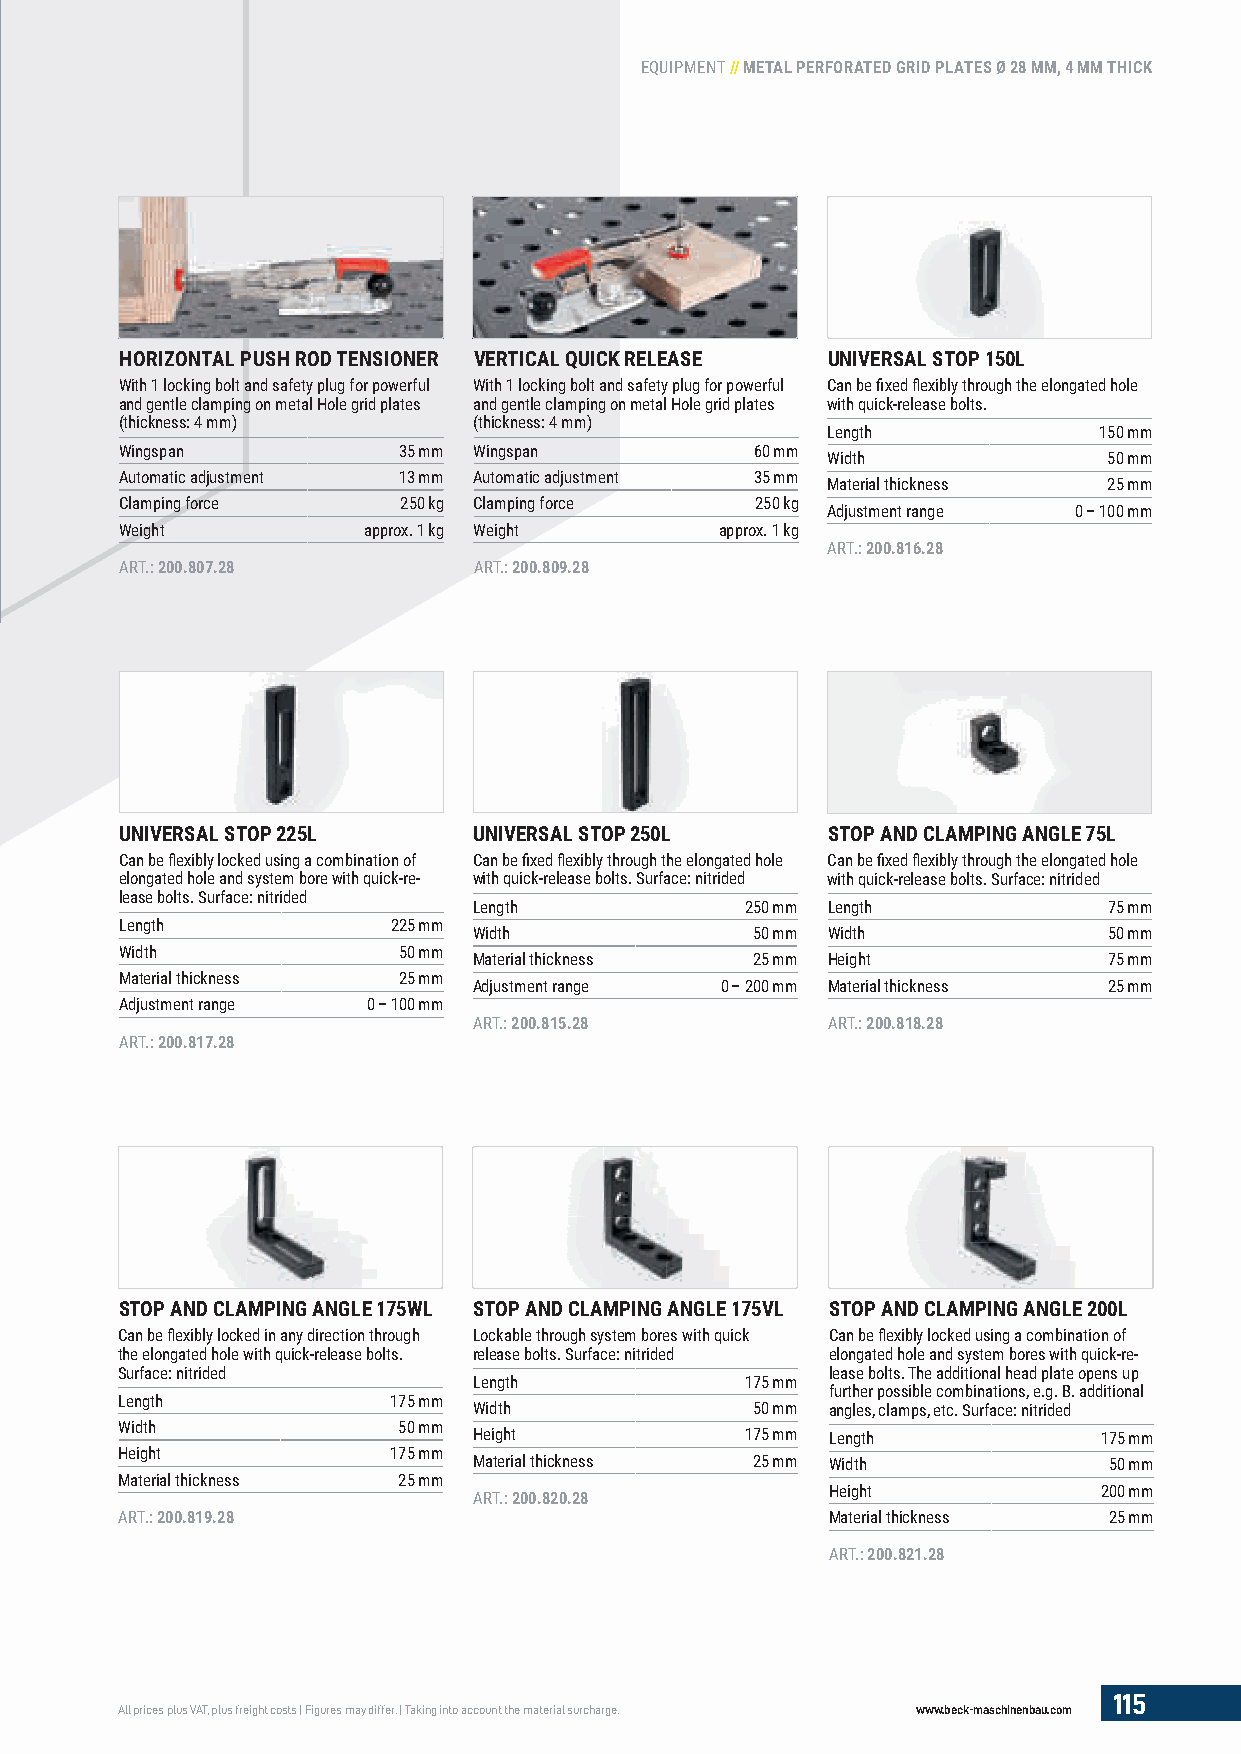
EQUIPMENT // METAL PERFORATED GRID PLATES Ø 28 MM, 4 MM THICK
 HORIZONTAL PUSH ROD TENSIONER VERTICAL QUICK RELEASE UNIVERSAL STOP 150L
 With 1 locking bolt and safety plug for powerful With 1 locking bolt and safety plug for powerful Can be fi xed fl exibly through the elongated hole
 and gentle clamping on metal Hole grid plates and gentle clamping on metal Hole grid plates with quick-release bolts.
 (thickness: 4 mm)      (thickness: 4 mm)
 Length            150 mm
 Wingspan          35 mm Wingspan          60 mm
 Width             50 mm
 Automatic adjustment 13 mm Automatic adjustment 35 mm
 Material thickness 25 mm
 Clamping force    250 kg Clamping force   250 kg
 Adjustment range 0 – 100 mm
 Weight          approx. 1 kg Weight     approx. 1 kg
 ART.: 200.816.28
 ART.: 200.807.28       ART.: 200.809.28
 UNIVERSAL STOP 225L    UNIVERSAL STOP 250L     STOP AND CLAMPING ANGLE 75L
 Can be fl exibly locked using a combination of Can be fi xed fl exibly through the elongated hole Can be fi xed fl exibly through the elongated hole
 elongated hole and system bore with quick-re- with quick-release bolts. Surface: nitrided with quick-release bolts. Surface: nitrided
 lease bolts. Surface: nitrided
 Length            250 mm Length           75 mm
 Length            225 mm
 Width              50 mm Width            50 mm
 Width             50 mm
 Material thickness 25 mm Height           75 mm
 Material thickness 25 mm
 Adjustment range 0 – 200 mm Material thickness 25 mm
 Adjustment range 0 – 100 mm
 ART.: 200.815.28        ART.: 200.818.28
 ART.: 200.817.28
 STOP AND CLAMPING ANGLE 175WL STOP AND CLAMPING ANGLE 175VL STOP AND CLAMPING ANGLE 200L
 Can be fl exibly locked in any direction through Lockable through system bores with quick Can be fl exibly locked using a combination of
 the elongated hole with quick-release bolts. release bolts. Surface: nitrided elongated hole and system bores with quick-re-
 Surface: nitrided                              lease bolts. The additional head plate opens up
 Length            175 mm
 further possible combinations, e.g. B. additional
 Length            175 mm
 Width              50 mm angles, clamps, etc. Surface: nitrided
 Width             50 mm
 Height            175 mm Length           175 mm
 Height            175 mm
 Material thickness 25 mm Width            50 mm
 Material thickness 25 mm
 Height            200 mm
 ART.: 200.820.28
 ART.: 200.819.28                               Material thickness 25 mm
 ART.: 200.821.28
 115
 All prices plus VAT, plus freight costs | Figures may differ. | Taking into account the material surcharge. www.beck-maschinenbau.com